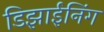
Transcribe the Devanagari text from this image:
डिझाईनिंग